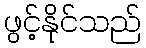
ဖွင့်နိုင်သည်